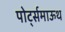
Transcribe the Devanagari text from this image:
पोर्ट्समाऊथ